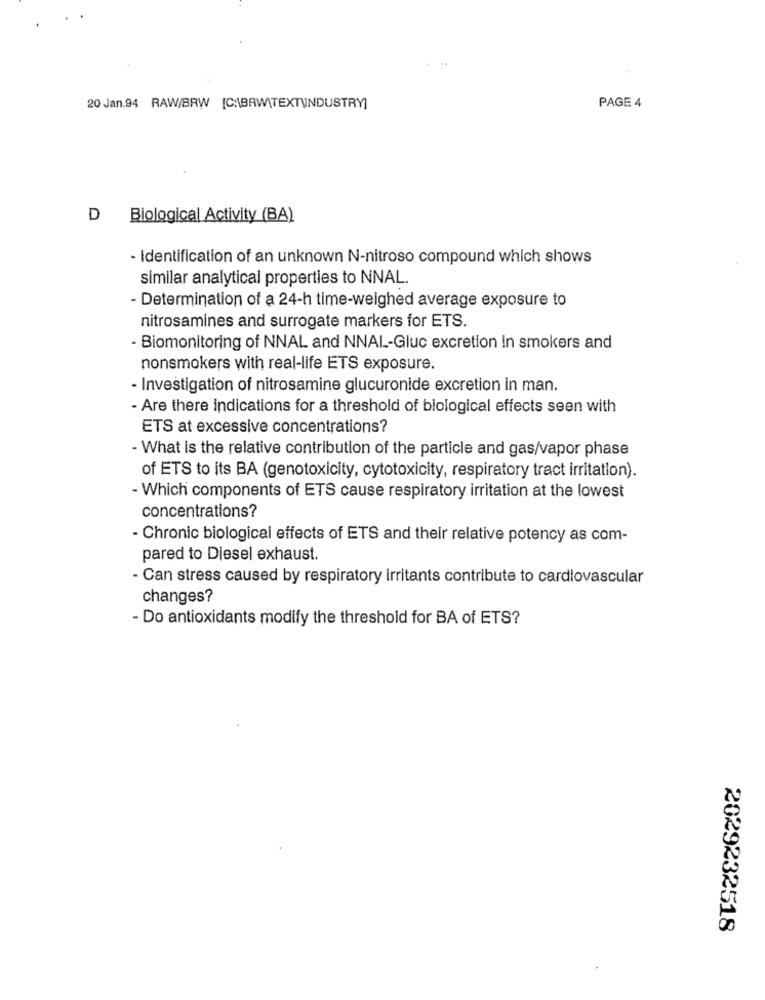
20 Jan.94 RAW/BRW [C:\BRW\TEXTUNDUSTRY]
PAGE 4
D Biological Activity (BA)
- Identification of an unknown N-nitroso compound which shows
similar analytical properties to NNAL.
- Determination of a 24-h time-weighed average exposure to
nitrosamines and surrogate markers for ETS.
- Biomonitoring of NNAL and NNAL-Gluc excretion in smokers and
nonsmokers with real-life ETS exposure.
- Investigation of nitrosamine glucuronide excretion in man.
- Are there indications for a threshold of biological effects seen with
ETS at excessive concentrations?
- What is the relative contribution of the particle and gas/vapor phase
of ETS to its BA (genotoxicity, cytotoxicity, respiratory tract irritation).
- Which components of ETS cause respiratory irritation at the lowest
concentrations?
- Chronic biological effects of ETS and their relative potency as com-
pared to Diesel exhaust.
- Can stress caused by respiratory irritants contribute to cardiovascular
changes?
- Do antioxidants modify the threshold for BA of ETS?
2029232518